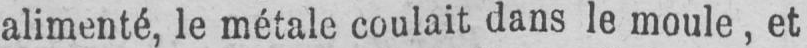
alimenté, le métale coulait dans le moule, et